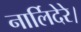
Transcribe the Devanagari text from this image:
नार्लिदेरे।